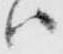
ハ